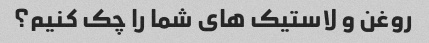
روغن و لاستیک های شما را چک کنیم؟